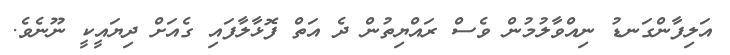
އަލިފާންގަނޑު ނިއްވާލުމުން ވެސް ރައްޔިތުން ދެ އަތް ފޮޅާލާފައި ގެއަށް ދިޔައީކީ ނޫނެވެ.